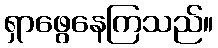
ရှာဖွေနေကြသည်။